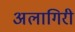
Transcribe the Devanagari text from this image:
अलागिरी